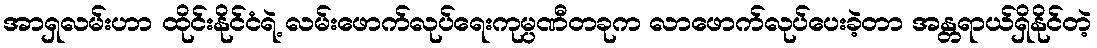
အာရှလမ်းဟာ ထိုင်းနိုင်ငံရဲ့ လမ်းဖောက်လုပ်ရေးကုမ္ပဏီတခုက လာဖောက်လုပ်ပေးခဲ့တာ အန္တရာယ်ရှိနိုင်တဲ့